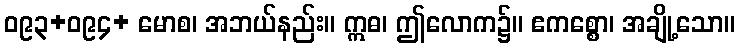
ဝ၉၃+ဝ၉၄+ မောစ၊ အဘယ်နည်း။ ဣဓ၊ ဤလောက၌။ ဧကစ္စော၊ အချို့သော။